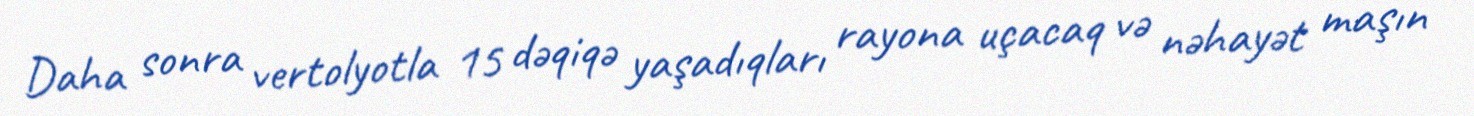
Daha sonra vertolyotla 15 dəqiqə yaşadıqları rayona uçacaq və nəhayət maşın